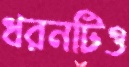
ধরনটিও